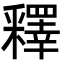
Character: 釋